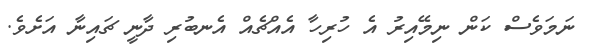
ނަމަވެސް ކަން ނިމޭއިރު އެ ހުރިހާ އެއްޗެއް އެނބުރި ދާނީ ޗައިނާ އަށެވެ.